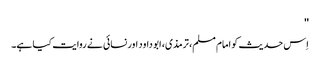
''
اِس حدیث کو امام مسلم، ترمذی، ابو داود اور نسائی نے روایت کیا ہے۔